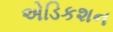
એડિકશન